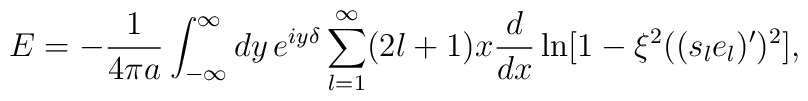
E=-{1\over4\pi a}\int_{-\infty}^\infty dy\,e^{iy\delta}\sum_{l=1}^\infty(2l+1)x{d\over dx}\ln[1-\xi^2((s_le_l)')^2],